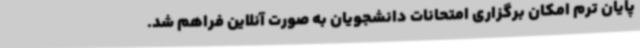
پایان‌ ترم امکان برگزاری امتحانات دانشجویان به صورت آنلاین فراهم شد.